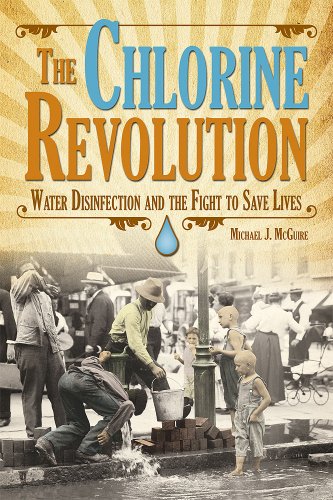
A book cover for Chlorine Revolution, The: The History of Water Disinfection and the Fight to Save Lives; Michael J. McGuire; Science & Math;